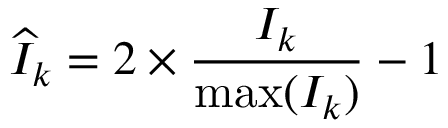
\widehat { I } _ { k } = 2 \times \frac { I _ { k } } { \operatorname* { m a x } ( I _ { k } ) } - 1